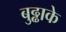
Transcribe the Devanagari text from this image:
बुढ्ढाके